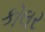
કૉલર